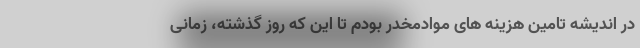
در اندیشه تامین هزینه های موادمخدر بودم تا این که روز گذشته، زمانی